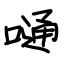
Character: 嗵